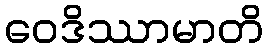
ဝေဒိဿာမာတိ